Indian journal of veterinary science and animal husbandry - Volume 9,
Year: 1939
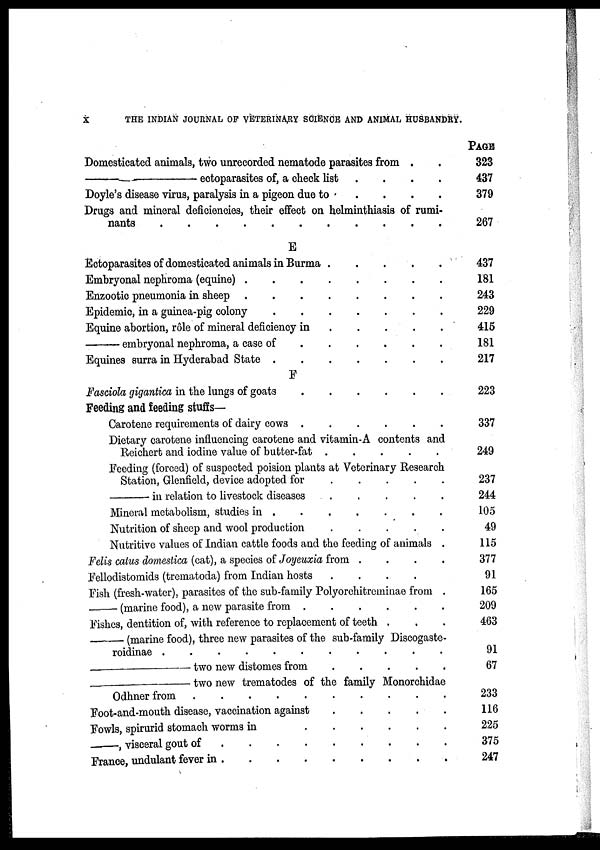
X
THE INDIAN JOURNAL OF VETERINARY SCIENCE AND ANIMAL HUSBANDRY.
Domesticated animals, two unrecorded nematode parasites from . .
—
ectoparasites of, a check list . . . . .
Doyle's disease virus, paralysis in a pigeon due to . . . . .
Drugs and mineral deficiencies, their effect on helminthiasis of rumi-
nats . . . . . . . . . . . .
E
Ectoparasites of domesticated animals in Burma . . . . . .
Embryonal nephroma (equine)
.
.
.
.
.
.
.
.
Enzootic pneumonia in sheep
.
.
.
.
.
.
.
.
Epidemic, in a guinea-pig colony
.
.
.
.
.
.
.
.
Equine abortion, role of mineral deficiency in
.
.
.
.
.
.
—
embryonal nephroma, a case of
.
.
.
.
.
.
.
Equines surra in Hyderabad State
.
.
.
.
.
.
.
.
F
Fasciola gigantica in the lungs of goats . . . . . . . .
Feeding and feeding stuffs—
Carotene requirements of dairy cows
.
.
.
.
.
.
.
Dietary carotene influencing carotene and vitamin-A contents and
Reichert and iodine value of butter-fat . . . . . .
Feeding (forced) of suspected poision plants at Veterinary Research
Station, Glenfield, device adopted for
.
.
.
.
.
.
—
in relation to livestock diseases
.
.
.
.
.
.
Mineral metabolism, studies in
.
.
.
.
.
.
.
.
Nutrition of sheep and wool production
.
.
.
.
.
.
Nutritive values of Indian cattle foods and the feeding of animals .
Felis catus domestica (cat), a species of Joyeuxia from
.
.
.
.
Fellodistomids (trematoda) from Indian hosts . . . . .
Fish (fresh-water), parasites of the sub-family Polyorchitreminae from .
— (marine food), a new parasite from
.
.
.
.
.
.
Fishes, dentition of, with reference to replacement of teeth . . .
—
(marine food), three new parasites of the sub-family Discogaste-
roidinae . . . . . . . . . . . .
—
two new distomes from . . . . .
— two new trematodes of the family Monorchidae
Odher from . . . . . . . . .
Foot-and-mouth disease, vaccination against . . . . .
Fowls, spirurid stomach worms in
.
.
.
.
.
.
— , visceral gout of
.
.
.
.
.
.
.
.
.
France, undulant fever in
.
.
.
.
.
.
.
.
.
PAGE
323
437
379
267
437
181
243
229
415
181
217
223
337
249
237
244
105
49
115
377
91
165
209
463
91
67
233
116
225
375
247